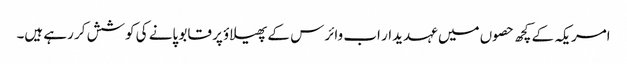
امریکہ کے کچھ حصوں میں عہدیدار اب وائرس کے پھیلاؤ پر قابو پانے کی کوشش کر رہے ہیں۔